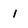
Character: i